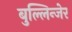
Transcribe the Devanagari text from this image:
बुल्लिन्जेर